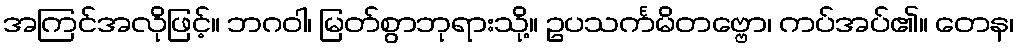
အကြင်အလိုဖြင့်။ ဘဂဝါ၊ မြတ်စွာဘုရားသို့။ ဥပသင်္ကမိတဗ္ဗော၊ ကပ်အပ်၏။ တေန၊